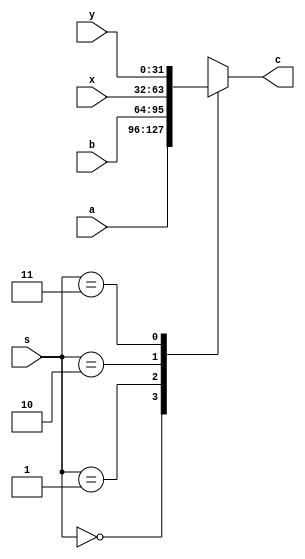
`timescale 1ns / 1ps
//////////////////////////////////////////////////////////////////////////////////
// Company: 
// Engineer: 
// 
// Design Name: 
// Module Name: Mux4x1
// Project Name: 
// Target Devices: 
// Tool Versions: 
// Description: 
// 
// Dependencies: 
// 
// Revision:
// Revision 0.01 - File Created
// Additional Comments:
// 
//////////////////////////////////////////////////////////////////////////////////


module Mux4x1 #(parameter n=32)( input[n-1:0] a, b, x, y, input [1:0] s, output reg [n-1:0] c);

always @(*) begin
    case(s)
        2'b00: c = a;
        2'b01: c = b;   //Mem Hazard
        2'b10: c = x;   //Ex hazard
        2'b11: c = y;
    endcase
end

endmodule